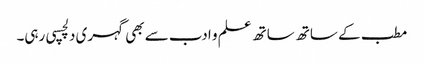
مطب کے ساتھ ساتھ علم و ادب سے بھی گہری دلچسپی رہی۔